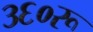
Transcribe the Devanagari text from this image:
३६०रू